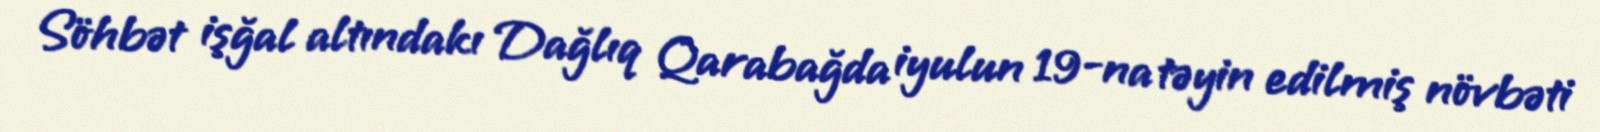
Söhbət işğal altındakı Dağlıq Qarabağda iyulun 19-na təyin edilmiş növbəti